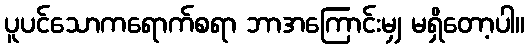
ပူပင်သောကရောက်စရာ ဘာအကြောင်းမျှ မရှိတော့ပါ။